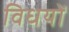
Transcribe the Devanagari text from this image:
विधयों